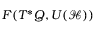
{ \cal F } ( T ^ { * } Q , { \cal U } ( \mathscr { H } ) )